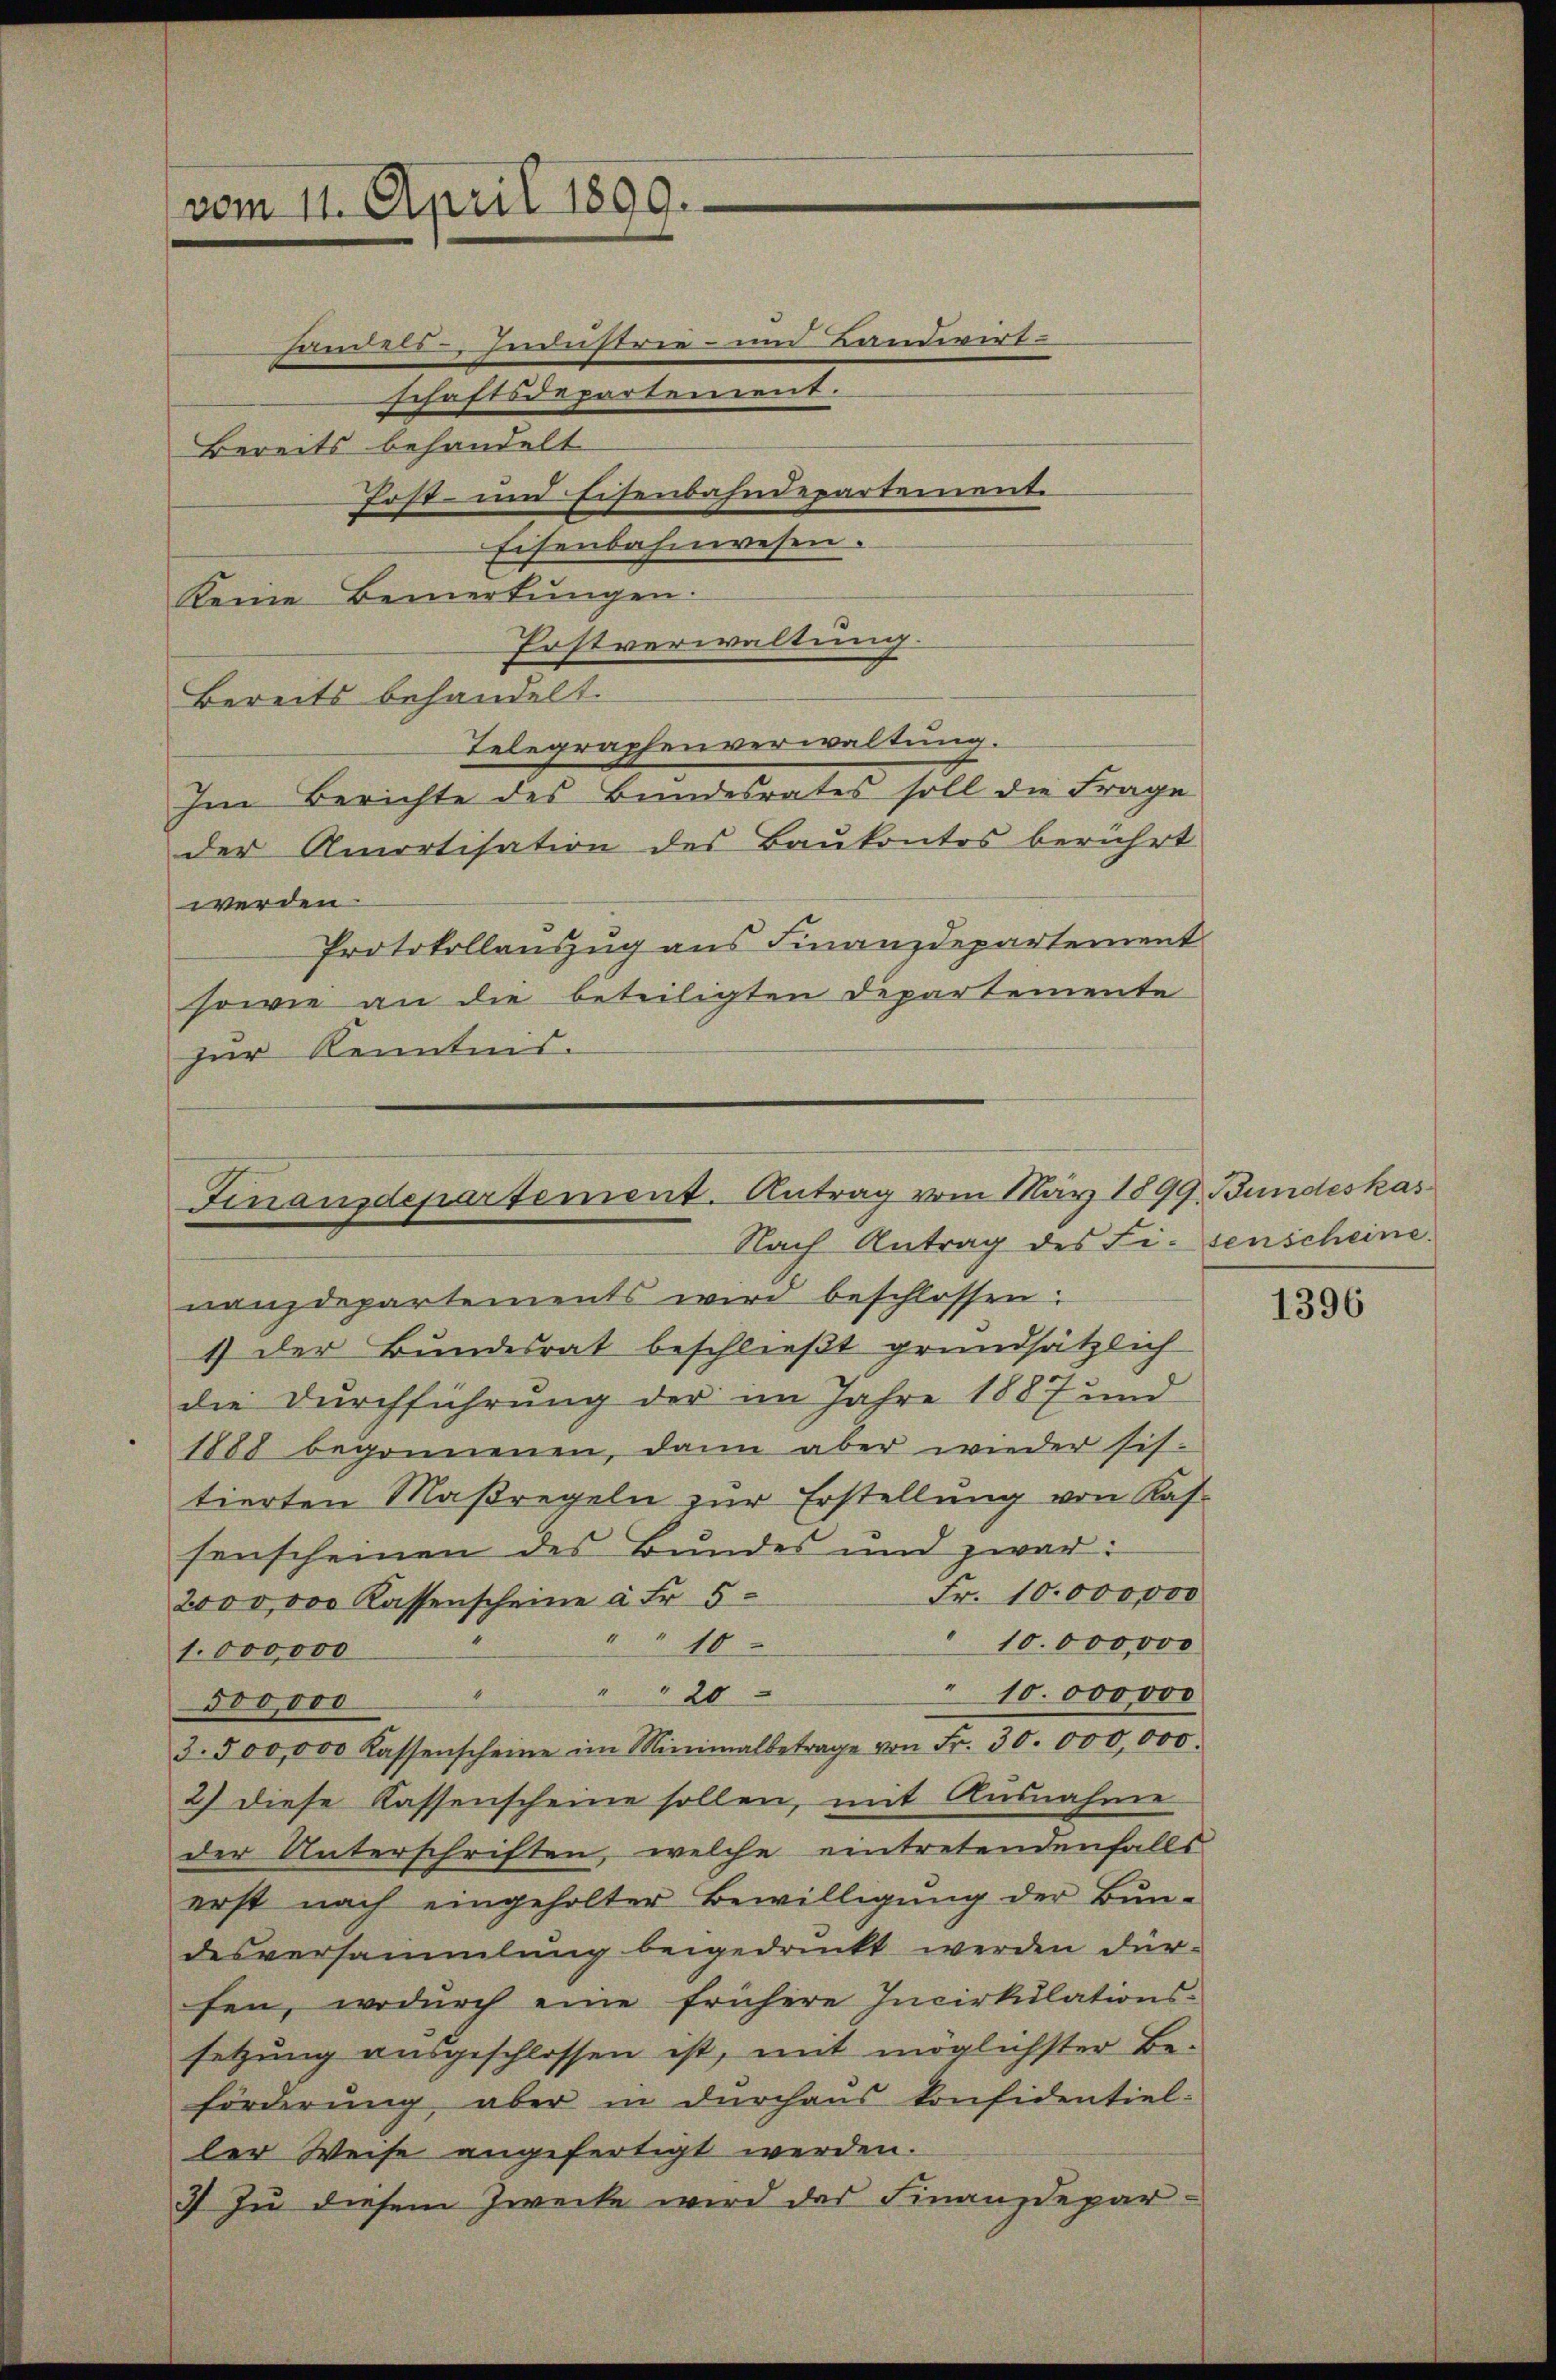
vom 11. April 1899.

schaftsdepartement.
Bereits behandelt
Bereits behandelt.
der Amortisation des Baukontos berührt
werden.
Protokollauszug aus Finanzdepartement
sowie an die beteiligten Departemente
zur Kenntnis.

Keine Bemerkŭngen.
Erstverwaltung.
Telegraphenverwaltung.
Im Berichte des Bundesrates soll die Frage

nanzdepartements wird beschlossen:
1) der Bundesrat beschließt grundsätzlich
die Durchführung der im Jahre 1887 und
1888 begonnenen, dann aber wieder sis
tierten Maßregeln zur Erstellung von Kas-
senscheinen des Bundes und zwar:
Fr. 10,000,000
2000,000 Kassenscheine à Fr. 5
" " 10
10.000000
1.000000
20
10.000000
dooooo
3.500,000 Kassenscheine im Minimalbetrage von Fr. 30. 000,000.
2) diese Kassenscheine sollen, mit Ausnahme
der Unterschriften, welche eintretendenfalls
erst nach eingeholter Bewilligŭng der Bŭn-
desversammlung beigedruckt werden dür-
fen, wodurch eine frühere Incirkŭlations-
setzung ausgeschlossen ist, mit möglichster Be-
förderung, aber in durchaus konfidentiel-
ler Weise angefertigt werden.
3 Zu diesem Zwecke wird das Finanzdepar¬

Handels, Industrie- und Kandivirt
Post- und Eisenbahndepartemente
Eisenbahnwesen.

Finanzdepartement. Antrag vom März 1899 Bundeskas
Nach Antrag des Fi-senscheine

1396